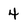
Character: 4